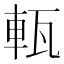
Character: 𤭔